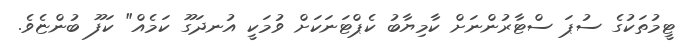
ޓީމުތަކުގެ ސުޕަ ސްޓާރުންނަށް ކާމިޔާބު ކެޕްޓަނަކަށް ވުމަކީ އުނދަގޫ ކަމެއް" ކަފޫ ބުންޏެވެ.